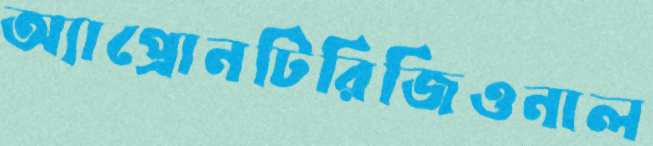
অ্যাপ্রোনটিরিজিওনাল